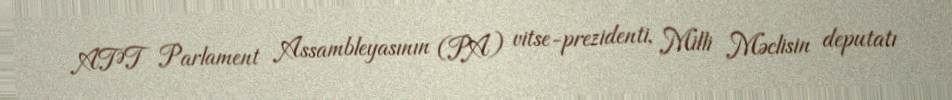
ATƏT Parlament Assambleyasının (PA) vitse-prezidenti, Milli Məclisin deputatı